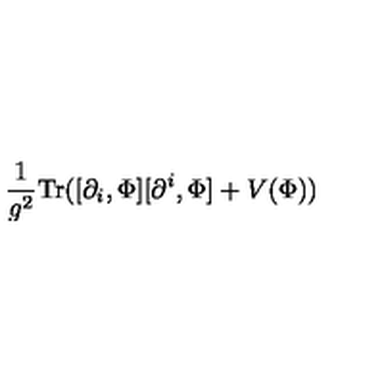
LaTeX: \frac { 1 } { g ^ { 2 } } \mathrm { T r } ( [ \partial _ { i } , \Phi ] [ \partial ^ { i } , \Phi ] + V ( \Phi ) )